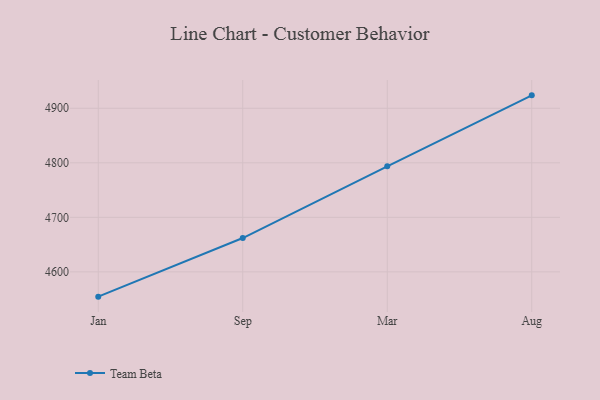
{"axis": {"x": "Month", "y": "Budget (USD K)"}, "legend": ["Team Beta"], "data": [{"x": "Jan", "y": 4554.5, "type": "Team Beta"}, {"x": "Sep", "y": 4662.0, "type": "Team Beta"}, {"x": "Mar", "y": 4793.6, "type": "Team Beta"}, {"x": "Aug", "y": 4923.7, "type": "Team Beta"}]}